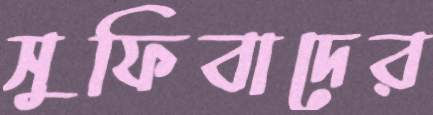
সুফিবাদের